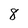
Character: 8